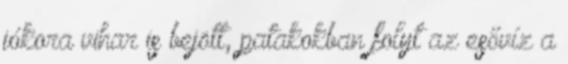
jókora vihar is bejött, patakokban folyt az esővíz a